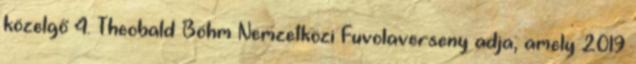
közelgő 4. Theobald Böhm Nemzetközi Fuvolaverseny adja, amely 2019